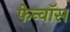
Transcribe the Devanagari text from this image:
फेन्‍वॉस